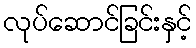
လုပ်ဆောင်ခြင်းနှင့်